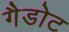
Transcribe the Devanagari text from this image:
गैडोट